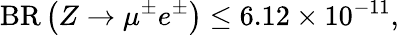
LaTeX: {\mathrm{BR}}\left(Z\to\mu^{\pm}e^{\pm}\right)\le 6.12\times 10^{-11},